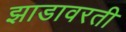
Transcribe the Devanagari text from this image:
झाडावरती